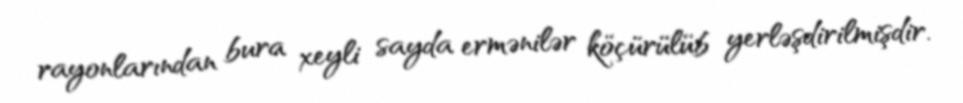
rayonlarından bura xeyli sayda ermənilər köçürülüb yerləşdirilmişdir.